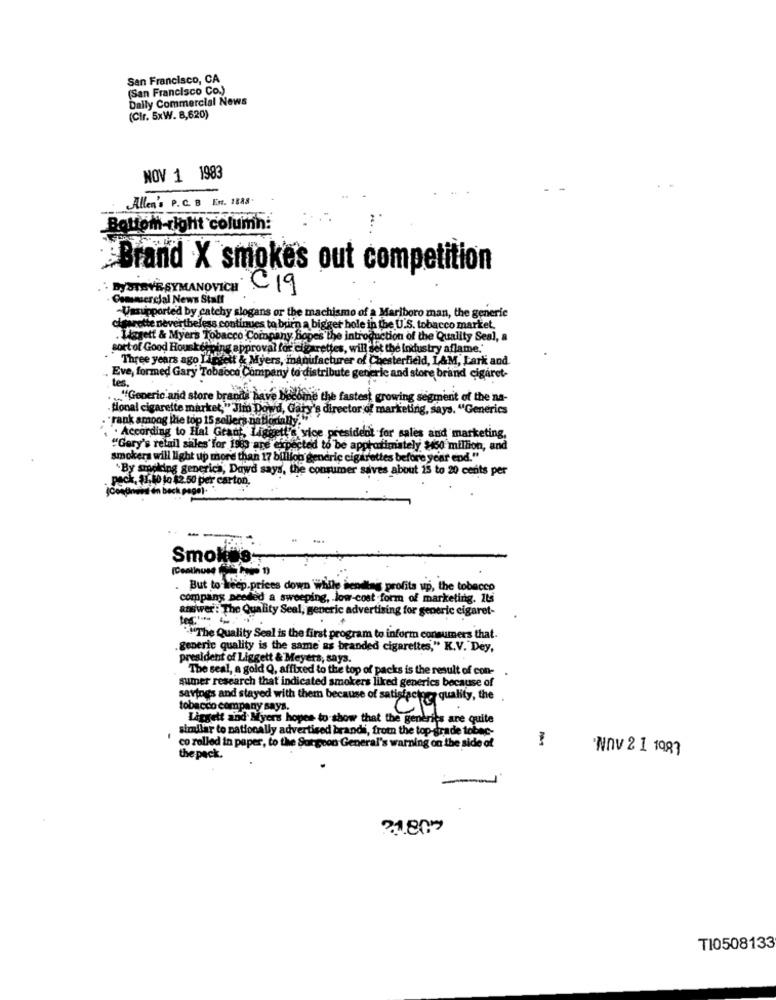
San Francisco, CA
(San Francisco Co.)
Daily Commercial News
(CIr. 5xW. 8,620)
NOV 1 1983
Allen's P. C. B En. 1888.
Bottom-right column:
Brand X smokes out competition
BySTEVE SYMANOVICH C19
Commercial News Staff
-Unsupported by catchy slogans or the machismo of a Marlboro man, the generic
cigarette nevertheless continues to burn a bigger hole in the U.S. tobacco market,
.Megett & Myers Tobacco Company hopes the introduction of the Quality Seal, a
sort of Good Hourkeeping approval for cigarettes, will set the industry aflame.'
Three years ago Lindeit & Myers, manufacturer of Chesterfield, L&M, Lark and
Eve, formed Gary Tobacco Company to distribute generic and store brand cigaret-
tes.
.... "Generic and store brands have become the fastest growing segment of the na-
tional cigarette market," Jiro Dowd, Gary's director of marketing, says. "Generics
"rank among ile top 15 sellers nebodany!"
'. . According to Hal Grant, Liggett's vice president for sales and marketing,
"Gery's retail sales' for 1983 are expected to be approximately $450 million, and
smokers will light up more than 17 billion generic cigarettes before year end."
"By smoking generica, Dawd says, the consumer saves about 15 to 20 cents per
peck, $1. 10 to $2.50 per carton
den back pago) ..
Smokes-
. But to keep.prices down while sending profits up, the tobacco
company needed a sweeping, low-cost form of marketing. Its
answer: The Quality Seal, generic advertising for generic cigaret-
"""The Quality Seal is the first program to inform consumers that.
.generic quality is the same as branded cigarettes," K.V. Dey,
president of Liggett & Meyers, says.
The seal, a gold Q, affixed to the top of packs is the result of con-
sumer research that indicated smokers liked generics because of
savings and stayed with them because of satisfactory quality, the
tobacco company says.
CY
Liggelt and Myers hopes to show that the genèries are quite
similar to nationally advertised brandi, from the top-grade tobec-
co rolled in paper, to the Surgeon General's warning on the side of
NOV 2 1 1987
the pack.
-
TI0508133